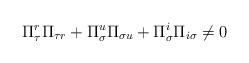
LaTeX: \begin{align*}\Pi ^{r}_{\tau }\Pi _{\tau r}+\Pi ^{u}_{\sigma }\Pi _{\sigma u}+\Pi ^{i}_{\sigma }\Pi _{i\sigma }\neq 0\end{align*}